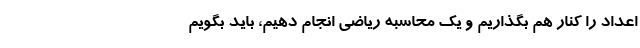
اعداد را کنار هم بگذاریم و یک محاسبه ریاضی انجام دهیم، باید بگویم